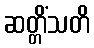
ဆတ္တိံသတိ